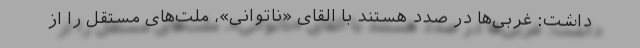
داشت: غربی‌ها در صدد هستند با القای «ناتوانی»، ملت‌های مستقل را از